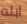
ابله